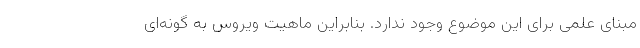
مبنای علمی برای این موضوع وجود ندارد. بنابراین ماهیت ویروس به گونه‌ای